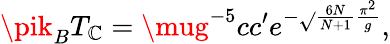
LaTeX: \pik_{B}T_{\mathbb{C}}=\mug^{-5}cc^{\prime}e^{-\sqrt{}{{{\frac{{6N}}{{N+1}}}}}{\frac{{\pi^{2}}}{{g}}}},